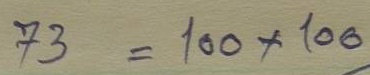
73 = 100 x 100